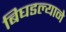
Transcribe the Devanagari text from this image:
बिघडल्याने